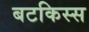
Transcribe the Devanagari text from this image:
बटकिस्स